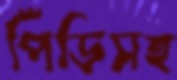
পিঁড়িসহ